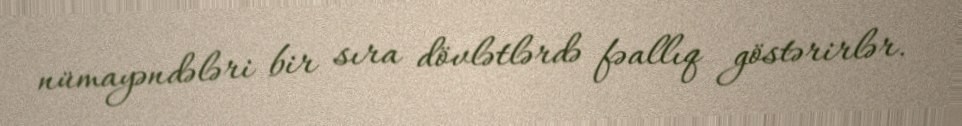
nümayəndələri bir sıra dövlətlərdə fəallıq göstərirlər.